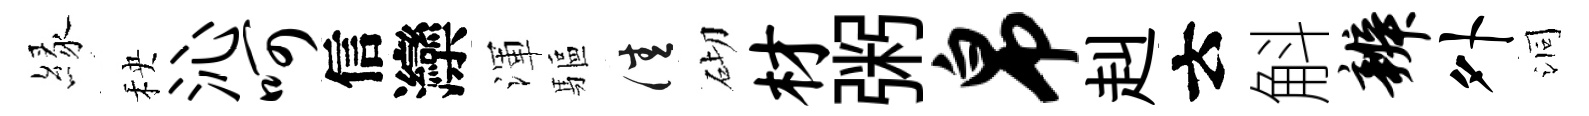
縁秧沁呵信灤渾驅佳砌材粥帛赳云斛辨外洞